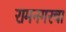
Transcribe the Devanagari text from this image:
रामनगरचा